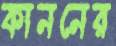
কাননের